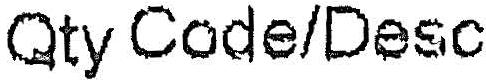
QTY CODE/DESC